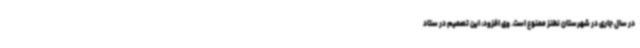
در سال جاری در شهرستان نطنز ممنوع است. وی افزود: این تصمیم در ستاد